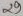
Text: 29